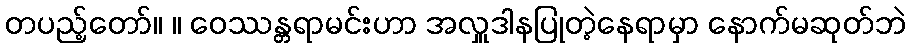
တပည့်တော်။ ။ ဝေဿန္တရာမင်းဟာ အလှူဒါနပြုတဲ့နေရာမှာ နောက်မဆုတ်ဘဲ